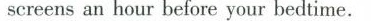
screens an hour before your bedtime.